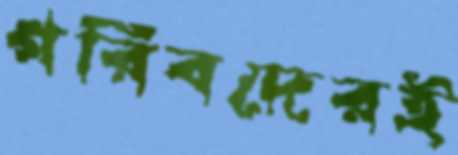
গরিবদেরই